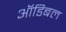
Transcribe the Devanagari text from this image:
ऑडिबल